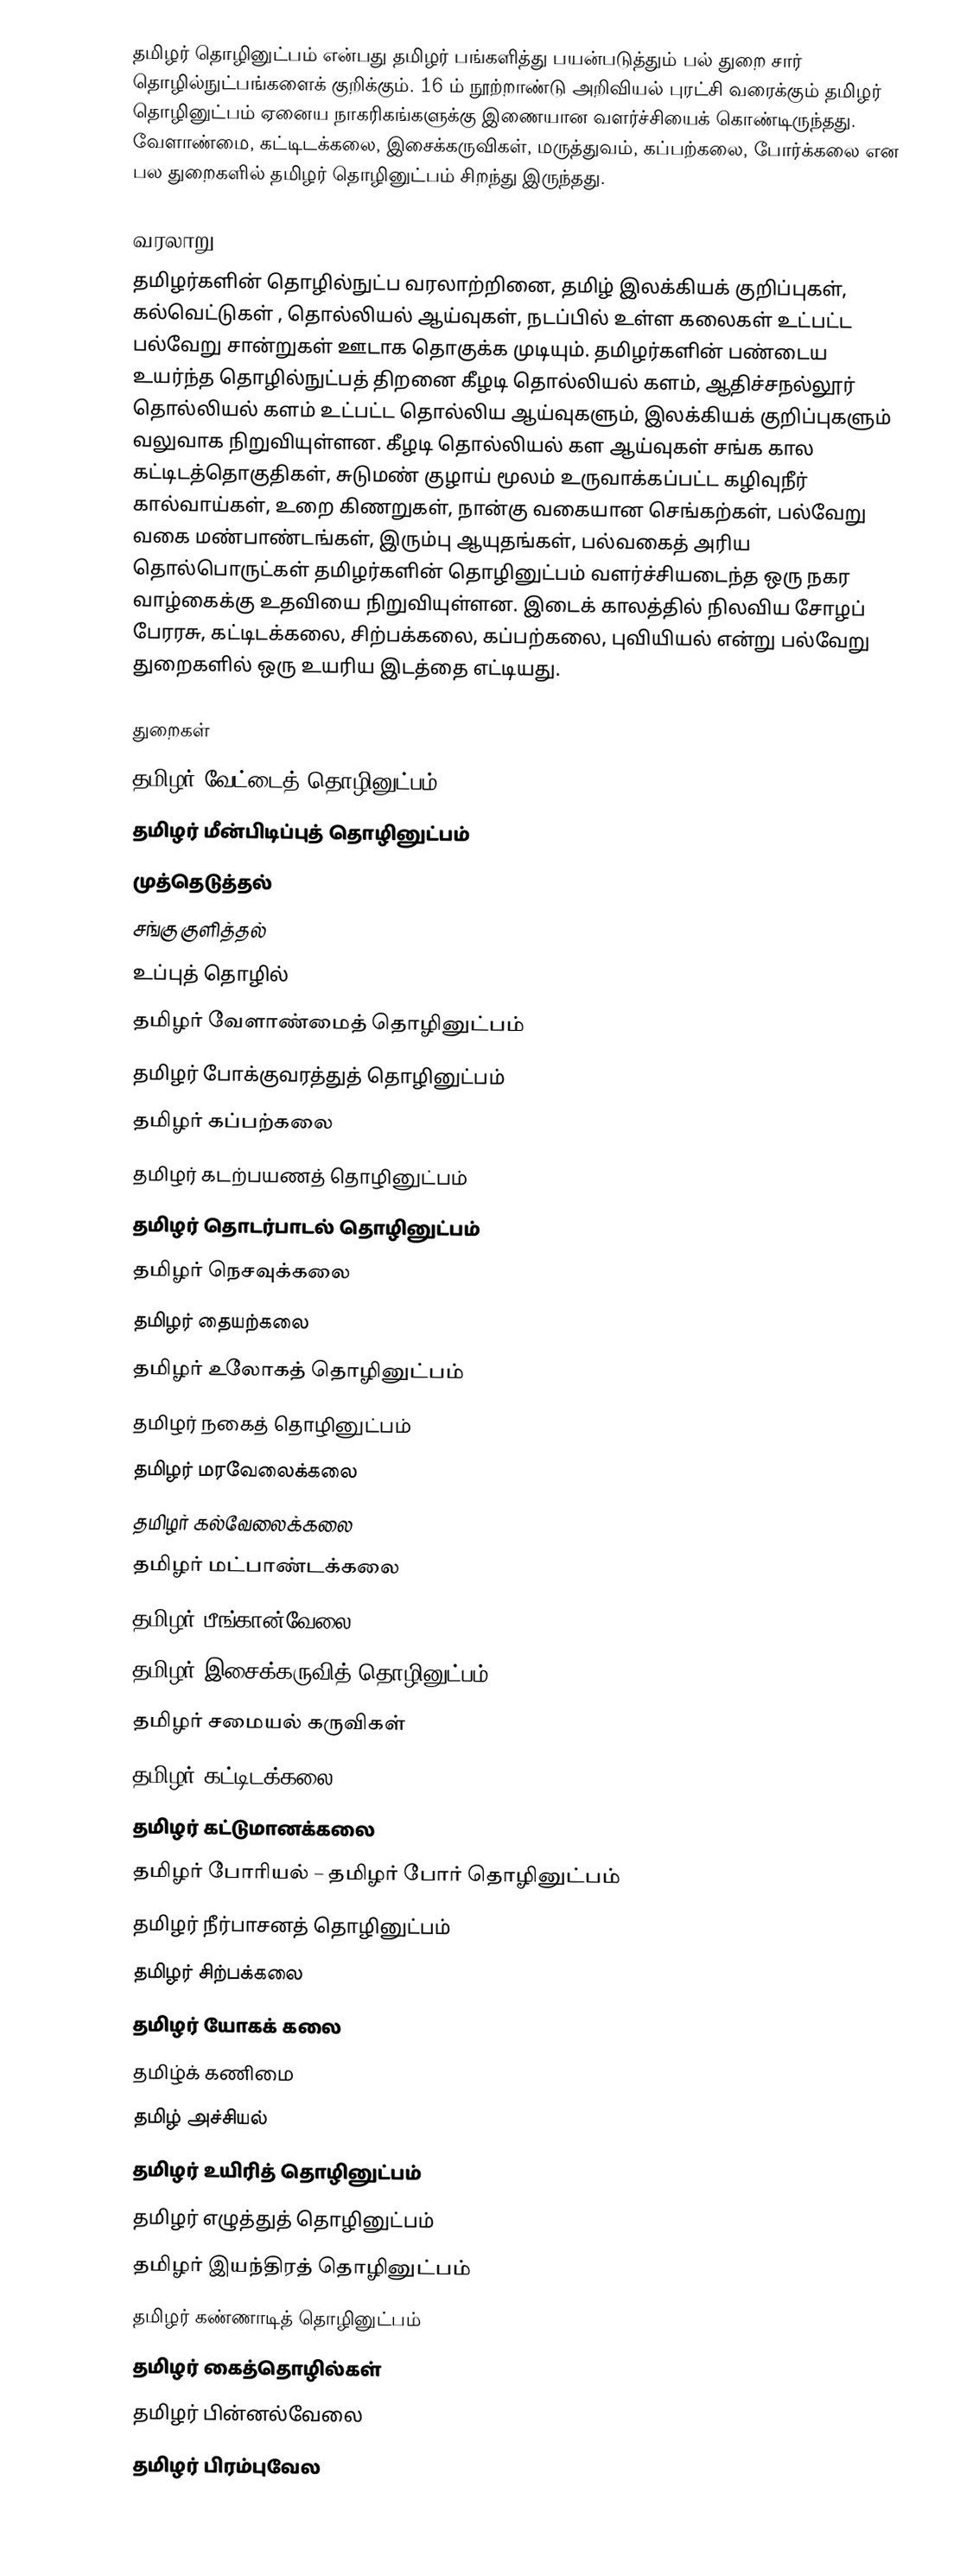
தமிழர் தொழினுட்பம் என்பது தமிழர் பங்களித்து பயன்படுத்தும் பல் துறை சார் தொழில்நுட்பங்களைக் குறிக்கும்.  16 ம் நூற்றாண்டு அறிவியல் புரட்சி வரைக்கும் தமிழர் தொழினுட்பம் ஏனைய நாகரிகங்களுக்கு இணையான வளர்ச்சியைக் கொண்டிருந்தது.  வேளாண்மை, கட்டிடக்கலை, இசைக்கருவிகள், மருத்துவம், கப்பற்கலை, போர்க்கலை என பல துறைகளில் தமிழர் தொழினுட்பம் சிறந்து இருந்தது.

வரலாறு
தமிழர்களின் தொழில்நுட்ப வரலாற்றினை, தமிழ் இலக்கியக் குறிப்புகள், கல்வெட்டுகள் , தொல்லியல் ஆய்வுகள், நடப்பில் உள்ள கலைகள் உட்பட்ட பல்வேறு சான்றுகள் ஊடாக தொகுக்க முடியும்.  தமிழர்களின் பண்டைய உயர்ந்த தொழில்நுட்பத் திறனை கீழடி தொல்லியல் களம், ஆதிச்சநல்லூர் தொல்லியல் களம் உட்பட்ட தொல்லிய ஆய்வுகளும், இலக்கியக் குறிப்புகளும் வலுவாக நிறுவியுள்ளன. கீழடி தொல்லியல் கள ஆய்வுகள் சங்க கால கட்டிடத்தொகுதிகள், சுடுமண் குழாய் மூலம் உருவாக்கப்பட்ட கழிவுநீர் கால்வாய்கள், உறை கிணறுகள், நான்கு வகையான செங்கற்கள், பல்வேறு வகை மண்பாண்டங்கள், இரும்பு ஆயுதங்கள், பல்வகைத் அரிய தொல்பொருட்கள் தமிழர்களின் தொழினுட்பம் வளர்ச்சியடைந்த ஒரு நகர வாழ்கைக்கு உதவியை நிறுவியுள்ளன.  இடைக் காலத்தில் நிலவிய சோழப் பேரரசு, கட்டிடக்கலை, சிற்பக்கலை, கப்பற்கலை, புவியியல் என்று பல்வேறு துறைகளில் ஒரு உயரிய இடத்தை எட்டியது.

துறைகள்
 தமிழர் வேட்டைத் தொழினுட்பம்
 தமிழர் மீன்பிடிப்புத் தொழினுட்பம்
 முத்தெடுத்தல்
 சங்கு குளித்தல்
 உப்புத் தொழில்
 தமிழர் வேளாண்மைத் தொழினுட்பம்
 தமிழர் போக்குவரத்துத் தொழினுட்பம்
 தமிழர் கப்பற்கலை
 தமிழர் கடற்பயணத் தொழினுட்பம்
 தமிழர் தொடர்பாடல் தொழினுட்பம்
 தமிழர் நெசவுக்கலை
 தமிழர் தையற்கலை
 தமிழர் உலோகத் தொழினுட்பம்
 தமிழர் நகைத் தொழினுட்பம்
 தமிழர் மரவேலைக்கலை
 தமிழர் கல்வேலைக்கலை
 தமிழர் மட்பாண்டக்கலை
 தமிழர் பீங்கான்வேலை
 தமிழர் இசைக்கருவித் தொழினுட்பம்
 தமிழர் சமையல் கருவிகள்
 தமிழர் கட்டிடக்கலை
 தமிழர் கட்டுமானக்கலை
 தமிழர் போரியல் – தமிழர் போர் தொழினுட்பம்
 தமிழர் நீர்பாசனத் தொழினுட்பம்
 தமிழர் சிற்பக்கலை
 தமிழர் யோகக் கலை
 தமிழ்க் கணிமை
 தமிழ் அச்சியல்
 தமிழர் உயிரித் தொழினுட்பம்
 தமிழர் எழுத்துத் தொழினுட்பம்
 தமிழர் இயந்திரத் தொழினுட்பம்
 தமிழர் கண்ணாடித் தொழினுட்பம்
 தமிழர் கைத்தொழில்கள்
 தமிழர் பின்னல்வேலை
 தமிழர் பிரம்புவேல